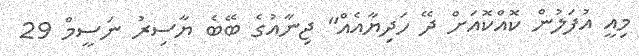
މިއީ އުފަލުން ކޮއްކޮއަށް ދޭ ހަދިޔާއެއް" ޖިނާއުގެ ބޭބެ ޔާސިރު ނަސީމް 29